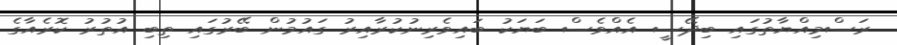
ރަސްމިއްޔާތުގައި ބިދޭސީ އެއްވެސް ބަޔަކު ބައިވެރިނުކުރާއިރު ގައުމުން ބޭރުގައި ތިބި އުތުރު ކޮރެއާގެ